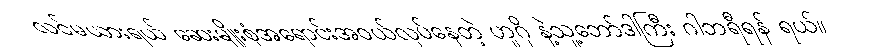
လင်မယားရယ် ဆေးမျိုးစုံအရောင်းအဝယ်လုပ်နေတဲ့ ဟူဂို နဲ့သူ့ဘော်ဒါကြီး ဂါဘရီရန် ရယ်။